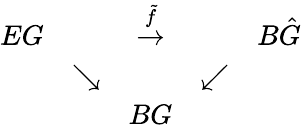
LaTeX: \begin{array}{ccccc}{{EG}}&{{}}&{{\stackrel{\tilde{f}}{\rightarrow}}}&{{}}&{{B\hat{G}}}\\ {{}}&{{\searrow}}&{{}}&{{\swarrow}}&{{}}\\ {{}}&{{}}&{{BG}}&{{}}&{{}}\end{array}